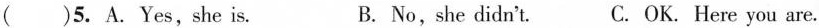
( )5. A.Yes,she is. B. No,she didn't. C. OK. Here you are.